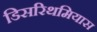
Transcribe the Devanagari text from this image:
डिसरिथमियास